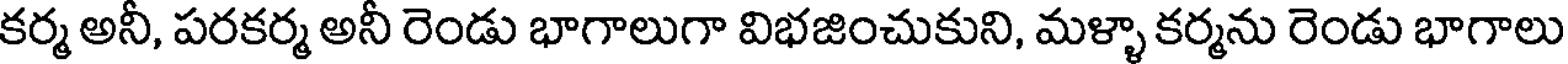
కర్మ అనీ, పరకర్మ అనీ రెండు భాగాలుగా విభజించుకుని, మళ్ళా కర్మను రెండు భాగాలు